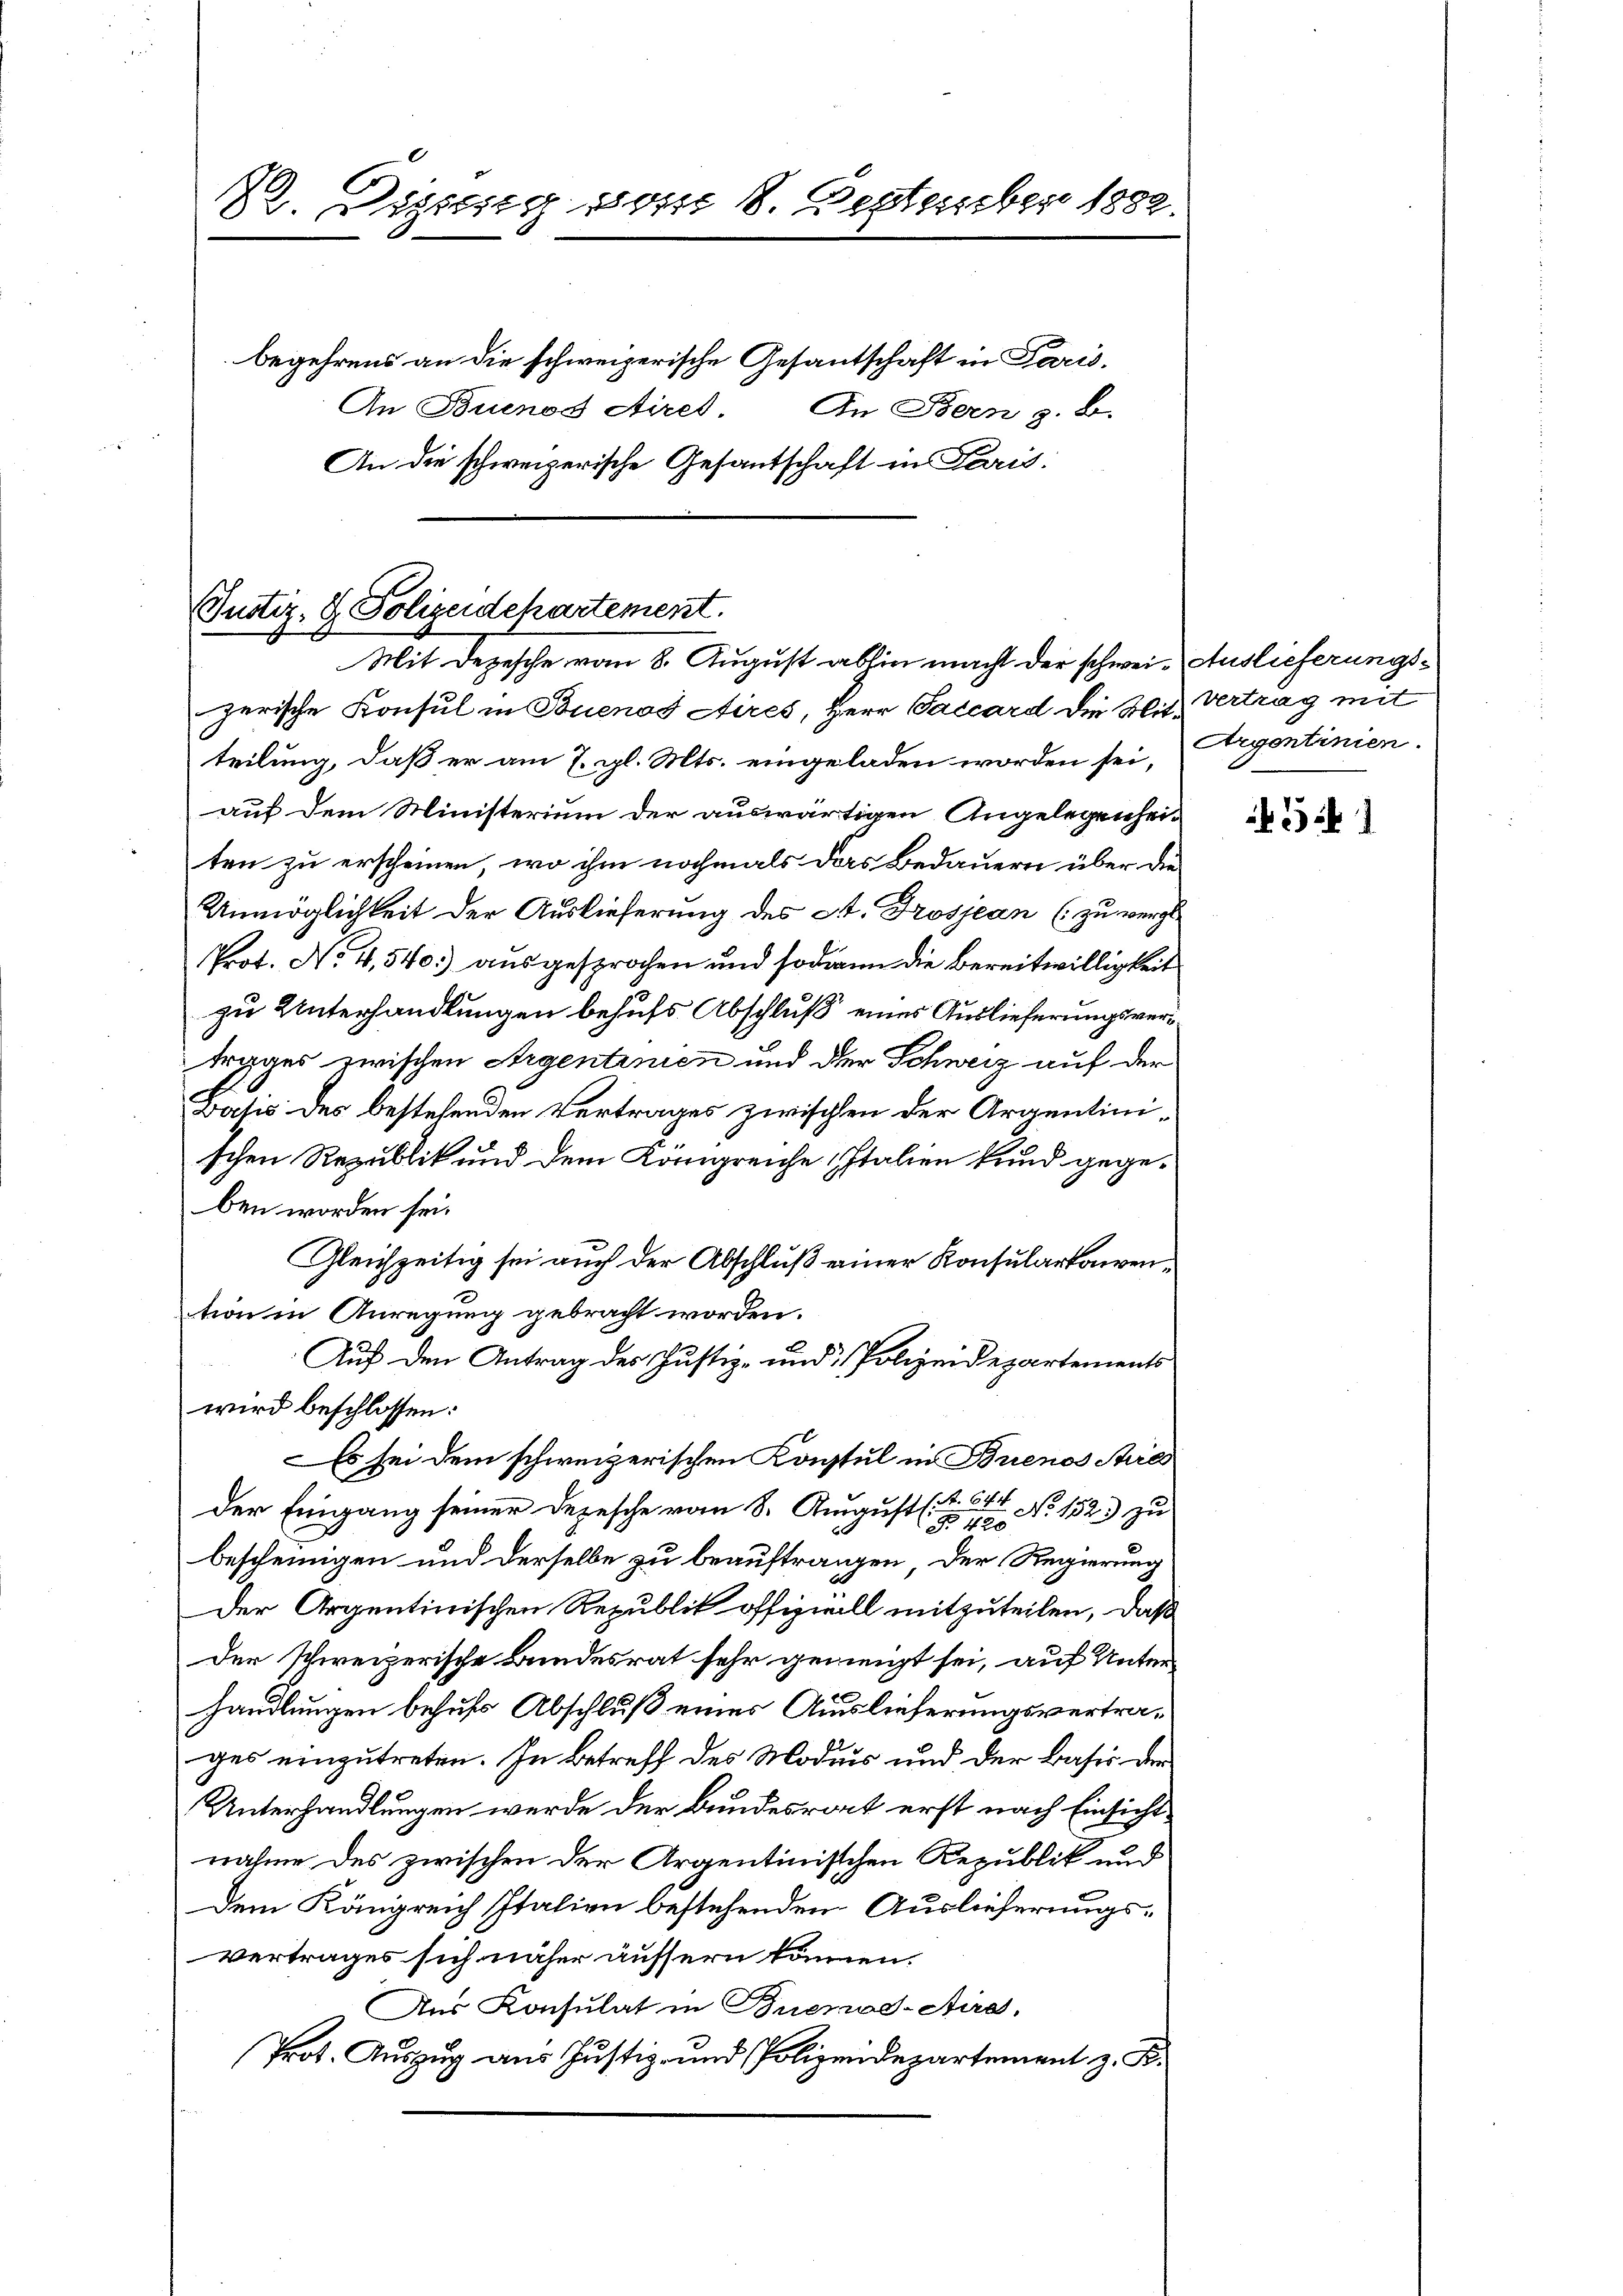
22. Digung vom 8. September 1882.

An die schweizerische Gesantschaft in Paris

begehrend an die schweizerische Gesantschaft in Paris,
An Buenos Airet.
In Bern z. B.

Justiz- & Polizeidepartement.
Mit Depesche vom 8. August abhin macht der schwei- Auslieferungs¬

zerische Konsul in Buenos Aires, Herr Saccard die Mit Vertrag mit
teilung, daß er am 7. gl. Mts. eingeladen worden sei, Argontinien.
auf dem Ministerium der auswärtigen Angelegenheiten zu erscheinen, wo ihm nochmals das Bedauern über die
Unmöglichkeit der Auslieferung des A. Drosjean (zu vergl
Prot. No. 4, 540.) ausgesprochen und sodann die Bereitwilligkeit
zu Unterhandlungen behufs Abschluß eines Auslieferungsvertrages zwischen Argentinien und der Schweiz auf der
Dasis des bestehenden Vertrages zwischen der Argentinischen Republik und dem Königreiche Italien kund gegeben worden sei.
Gleichzeitig sei auch der Abschluß einer Konsularkonvention in Anregung gebracht worden.
Auf den Antrag des Justiz- und Polizeidepartements
wird beschlossen:
Es sei dem schweizerischen Konsul in Buenos Stil
Der Eingang seiner Depesche vom 8. August (S. 6. No. 152) zu
bescheinigen und derselbe zu beauftragen, der Regierung
der Argentinischen Republik offiziell mitzuteilen, daß
der schweizerische Bundesrat sehr geneigt sei, auf Unterhandlungen behufs Abschluß eines Auslieferungsvertrages einzutreten. In Betreff des Modius und der Basis der
Unterhandlungen werde der Bundesrat erst nach Einsicht
nahme des zwischen der Argentinischen Republik und
Dem Königreich Italien bestehenden Auslieferungsvertrages sich näher äussern können.
Aus Konsulat in Buenos-Aire,
Prot. Auszug aus Justiz- und Polizeidepartement z. B.

5 1